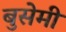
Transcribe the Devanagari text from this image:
बुसेमी